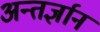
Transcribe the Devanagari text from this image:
अन्तर्ज्ञान